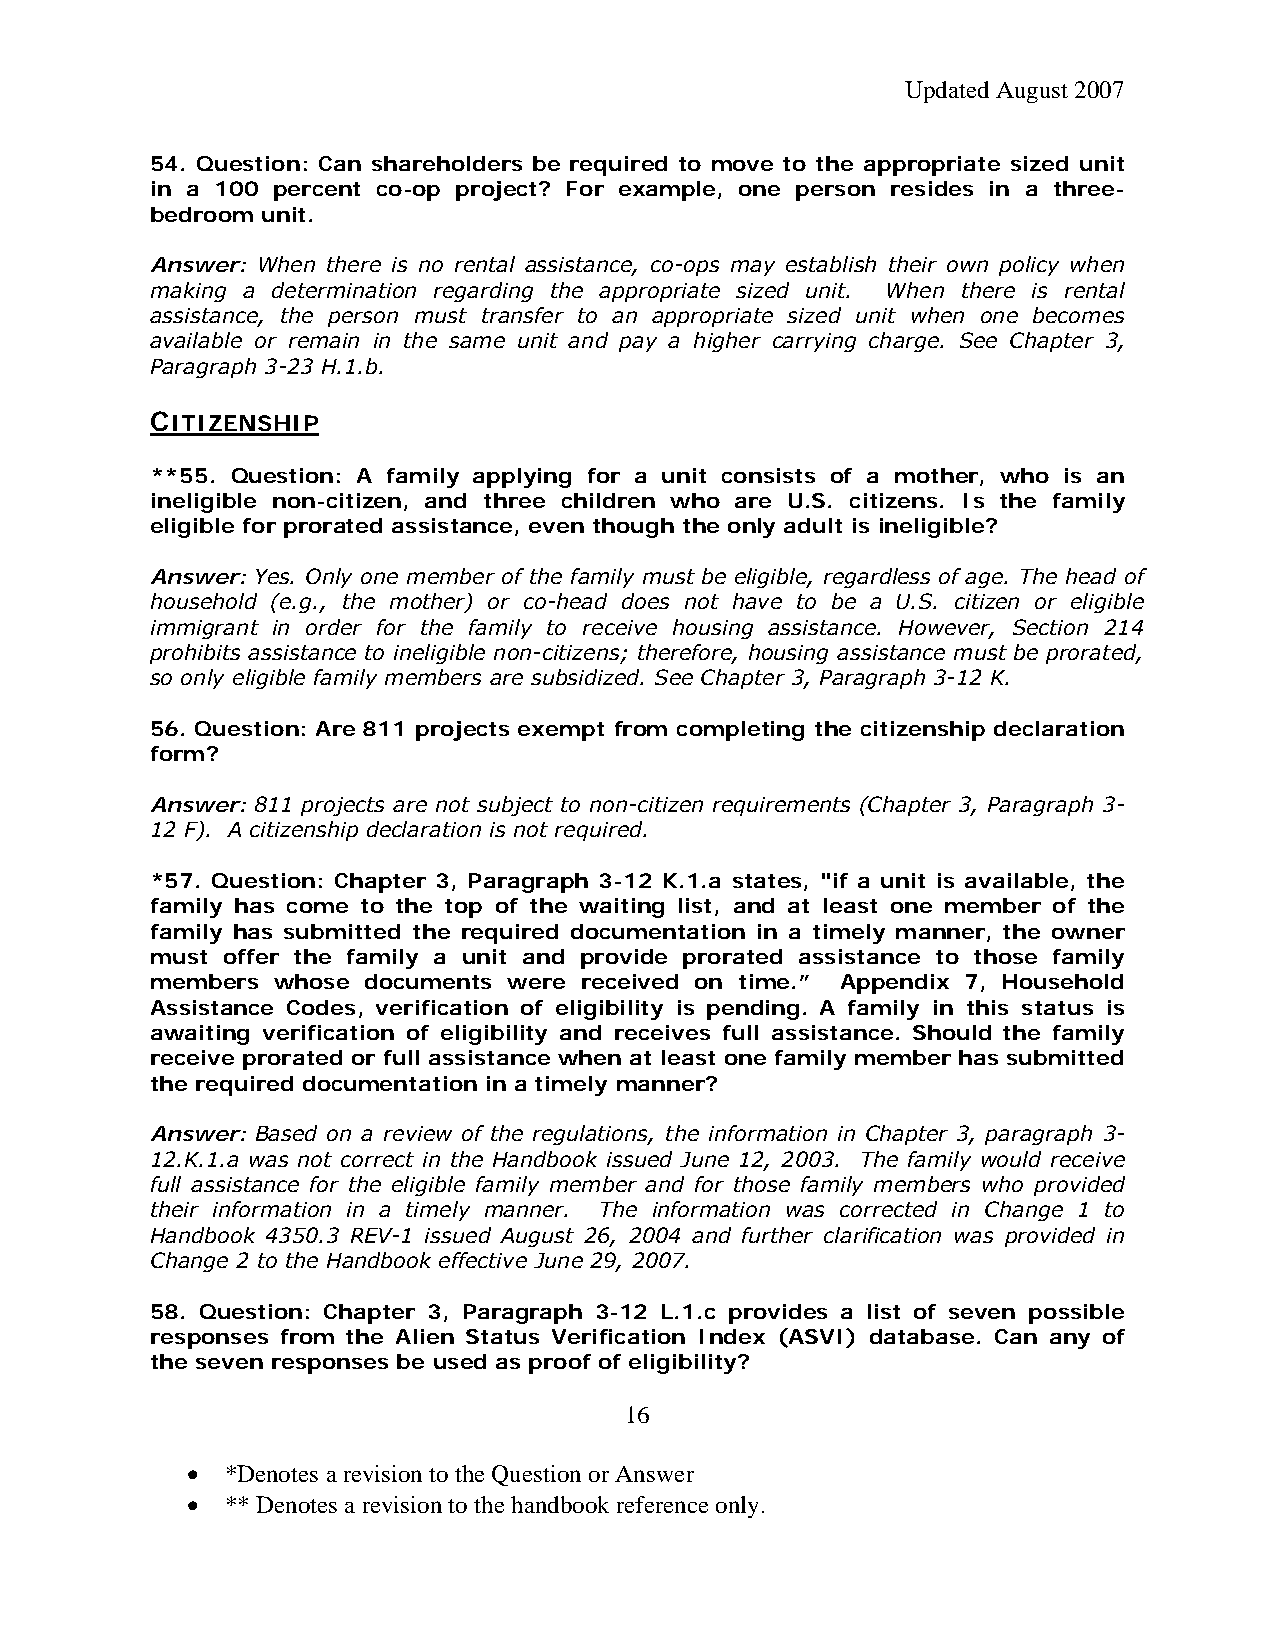
Updated August 2007
 54. Question: Can shareholders be required to move to the appropriate sized unit
 in a 100 percent co-op project? For example, one person resides in a three-
 bedroom unit.
 Answer: When there is no rental assistance, co-ops may establish their own policy when
 making a determination regarding the appropriate sized unit. When there is rental
 assistance, the person must transfer to an appropriate sized unit when one becomes
 available or remain in the same unit and pay a higher carrying charge. See Chapter 3,
 Paragraph 3-23 H.1.b.
 CITIZENSHIP
 **55. Question: A family applying for a unit consists of a mother, who is an
 ineligible non-citizen, and three children who are U.S. citizens. Is the family
 eligible for prorated assistance, even though the only adult is ineligible?
 Answer: Yes. Only one member of the family must be eligible, regardless of age. The head of
 household (e.g., the mother) or co-head does not have to be a U.S. citizen or eligible
 immigrant in order for the family to receive housing assistance. However, Section 214
 prohibits assistance to ineligible non-citizens; therefore, housing assistance must be prorated,
 so only eligible family members are subsidized. See Chapter 3, Paragraph 3-12 K.
 56. Question: Are 811 projects exempt from completing the citizenship declaration
 form?
 Answer: 811 projects are not subject to non-citizen requirements (Chapter 3, Paragraph 3-
 12 F). A citizenship declaration is not required.
 *57. Question: Chapter 3, Paragraph 3-12 K.1.a states, "if a unit is available, the
 family has come to the top of the waiting list, and at least one member of the
 family has submitted the required documentation in a timely manner, the owner
 must offer the family a unit and provide prorated assistance to those family
 members whose documents were received on time.” Appendix 7, Household
 Assistance Codes, verification of eligibility is pending. A family in this status is
 awaiting verification of eligibility and receives full assistance. Should the family
 receive prorated or full assistance when at least one family member has submitted
 the required documentation in a timely manner?
 Answer: Based on a review of the regulations, the information in Chapter 3, paragraph 3-
 12.K.1.a was not correct in the Handbook issued June 12, 2003. The family would receive
 full assistance for the eligible family member and for those family members who provided
 their information in a timely manner. The information was corrected in Change 1 to
 Handbook 4350.3 REV-1 issued August 26, 2004 and further clarification was provided in
 Change 2 to the Handbook effective June 29, 2007.
 58. Question: Chapter 3, Paragraph 3-12 L.1.c provides a list of seven possible
 responses from the Alien Status Verification Index (ASVI) database. Can any of
 the seven responses be used as proof of eligibility?
 16
 •  *Denotes a revision to the Question or Answer
 •  ** Denotes a revision to the handbook reference only.